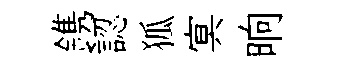
鎸認狐㝠晌